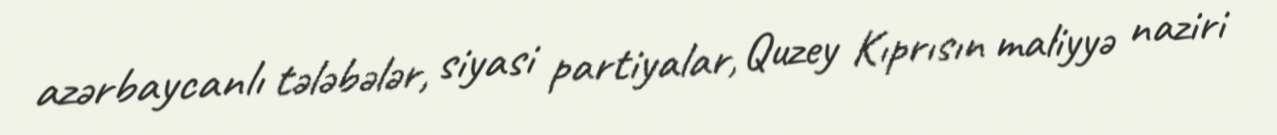
azərbaycanlı tələbələr, siyasi partiyalar, Quzey Kıprısın maliyyə naziri